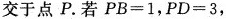
交于点P。若$$P B = 1$$，$$P D = 3$$，